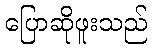
ပြောဆိုဖူးသည်